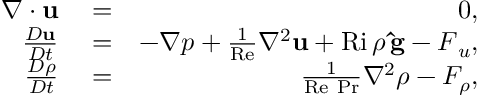
\begin{array} { r l r } { \boldsymbol { \nabla } \cdot \mathbf { u } } & { { } = } & { 0 , } \\ { \frac { D \mathbf { u } } { D t } } & { { } = } & { - \boldsymbol { \nabla } p + \frac { 1 } { \mathrm { R e } } \nabla ^ { 2 } \mathbf { u } + \mathrm { R i } \, \rho \, { \bf \hat { g } } - \boldsymbol { F } _ { u } , } \\ { \frac { D \rho } { D t } } & { { } = } & { \frac { 1 } { \mathrm { R e \ P r } } \nabla ^ { 2 } \rho - F _ { \rho } , } \end{array}